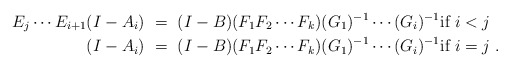
\begin{align*} E_j\cdots E_{i+1} (I-A_{i})\ &= \ (I-B)(F_1F_2\cdots F_k) (G_1)^{-1}\cdots (G_i)^{-1} \textnormal{if } i<j \\ (I-A_{i})\ &= \ (I-B)(F_1F_2\cdots F_k) (G_1)^{-1}\cdots (G_i)^{-1} \textnormal{if } i=j \ .\end{align*}